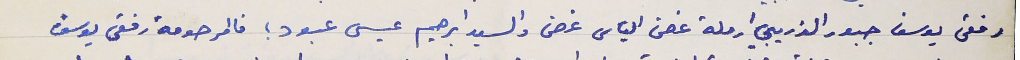
رفقى يوسف جبور الذريبي ارملة غصن الياس غصن والسيد ابرهيم عيسى عبود ؛ فالمرحومة رفقى يوسف